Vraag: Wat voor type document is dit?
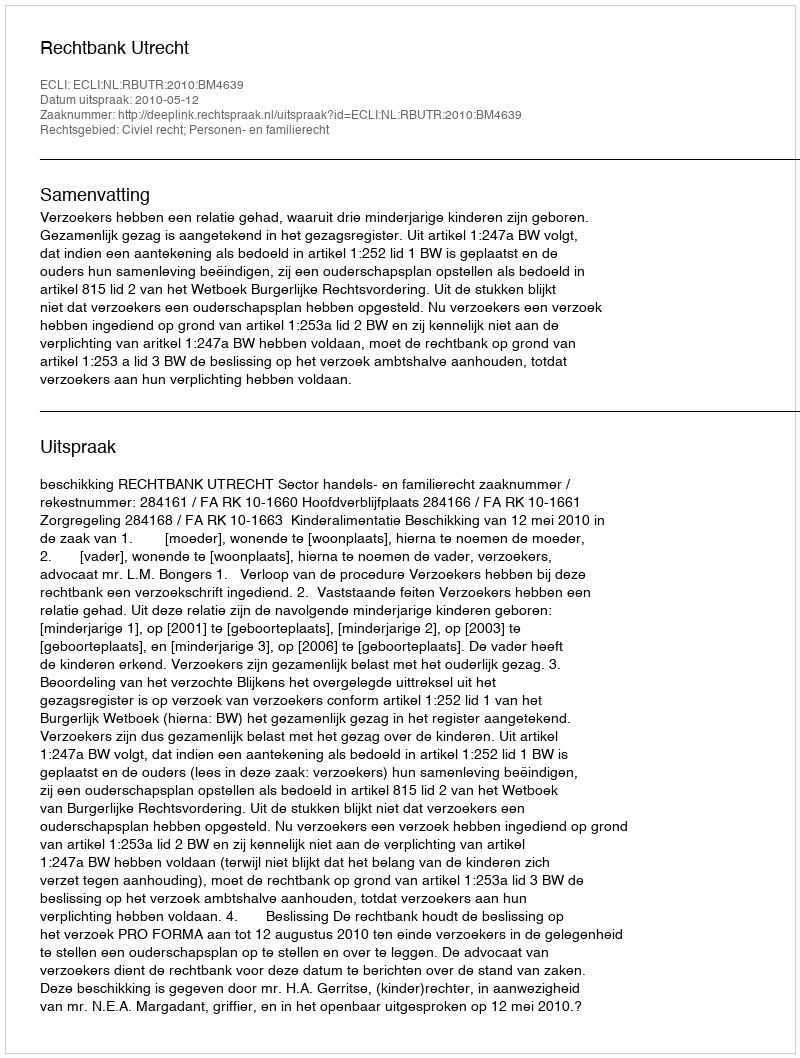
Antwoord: Uitspraak